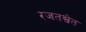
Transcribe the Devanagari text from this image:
रजतश्वेत